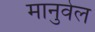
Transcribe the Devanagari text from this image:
मानुवेल